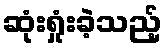
ဆုံးရှုံးခဲ့သည့်